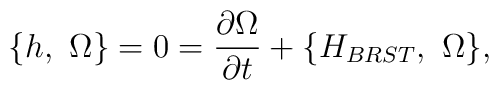
\{h, \ \Omega\}=0={\partial {\Omega}\over \partial t}+\{H_{BRST}, \ \Omega\},